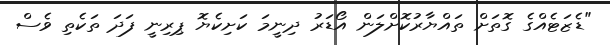
"ޑެޒަޓެއްގެ ގޮތަށް ތައްޔާރުކޮށްލަން އޯޑަރު ދިނީމަ ކަށިކެޔޮ ޕިރިނީ ފަދަ ތަކެތި ވެސް